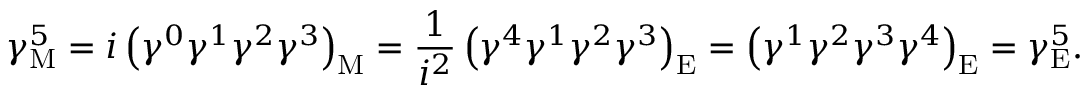
\gamma _ { \mathrm { { M } } } ^ { 5 } = i \left( \gamma ^ { 0 } \gamma ^ { 1 } \gamma ^ { 2 } \gamma ^ { 3 } \right) _ { \mathrm { { M } } } = { \frac { 1 } { i ^ { 2 } } } \left( \gamma ^ { 4 } \gamma ^ { 1 } \gamma ^ { 2 } \gamma ^ { 3 } \right) _ { \mathrm { { E } } } = \left( \gamma ^ { 1 } \gamma ^ { 2 } \gamma ^ { 3 } \gamma ^ { 4 } \right) _ { \mathrm { { E } } } = \gamma _ { \mathrm { { E } } } ^ { 5 } .